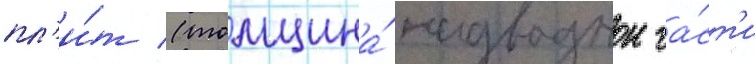
пл'и́т (толщина́ надводнои ча́ст'и